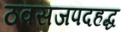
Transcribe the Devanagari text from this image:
ठवसजपदहद्ध